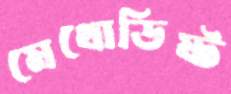
মেথোডিষ্ট